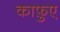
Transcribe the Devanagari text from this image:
काफ़ुए